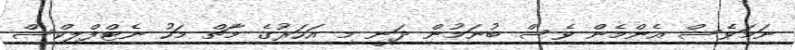
ނަމަވެސް އެންމެން ވެސް ބުނަމުން ދަނީ މި އަހަރުގެ މާޗް މަހު ނެޓްފްލިކްސް